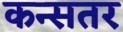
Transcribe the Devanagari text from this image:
कन्सतर